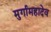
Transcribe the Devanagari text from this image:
मुर्गामहादेव